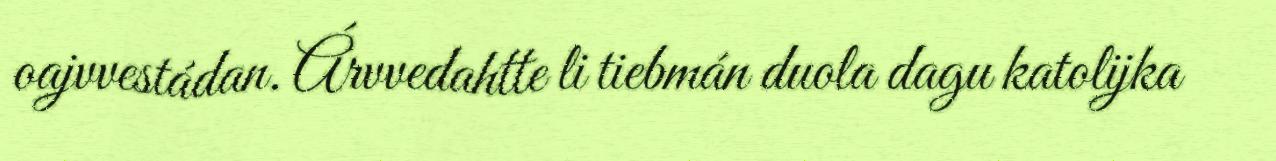
oajvvestádan. Árvvedahtte li tiebmán duola dagu katolijka